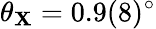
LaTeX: \theta_{\mathbf{X}}=0.9(8)^{\circ}